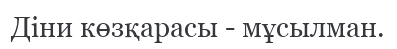
Діни көзқарасы - мұсылман.